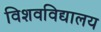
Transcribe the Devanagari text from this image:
विशवविद्यालय